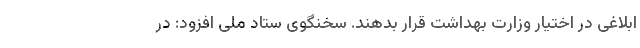
ابلاغی در اختیار وزارت بهداشت قرار بدهند. سخنگوی ستاد ملی افزود: در